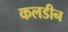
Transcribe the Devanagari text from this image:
कलडीन